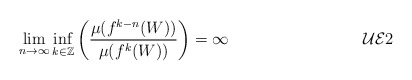
\begin{align*} \lim_{n \rightarrow \infty} \inf_{k \in {\mathbb Z}} \left (\frac{\mu(f^{k-n}(W))}{\mu(f^{k}(W))} \right ) = \infty \tag*{$\mathcal{UE}2$} \end{align*}